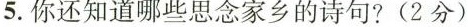
5.你还知道哪些思念家乡的诗句?(2分)